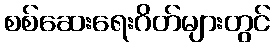
စစ်ဆေးရေးဂိတ်များတွင်